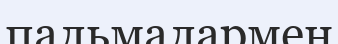
пальмалармен